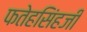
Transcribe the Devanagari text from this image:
फतेहसिंहजी